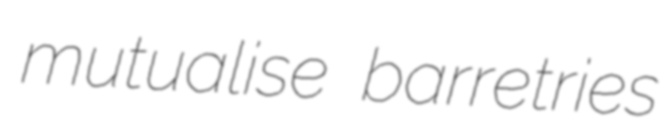
mutualise barretries